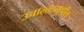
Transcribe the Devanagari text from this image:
उचाल्लासुधील